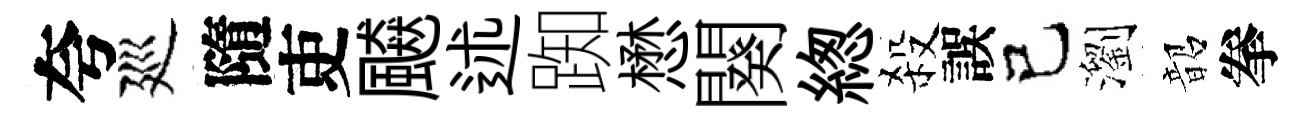
夸廵隨吏飇述踟懋闋緫殺誤己瀏韶拳